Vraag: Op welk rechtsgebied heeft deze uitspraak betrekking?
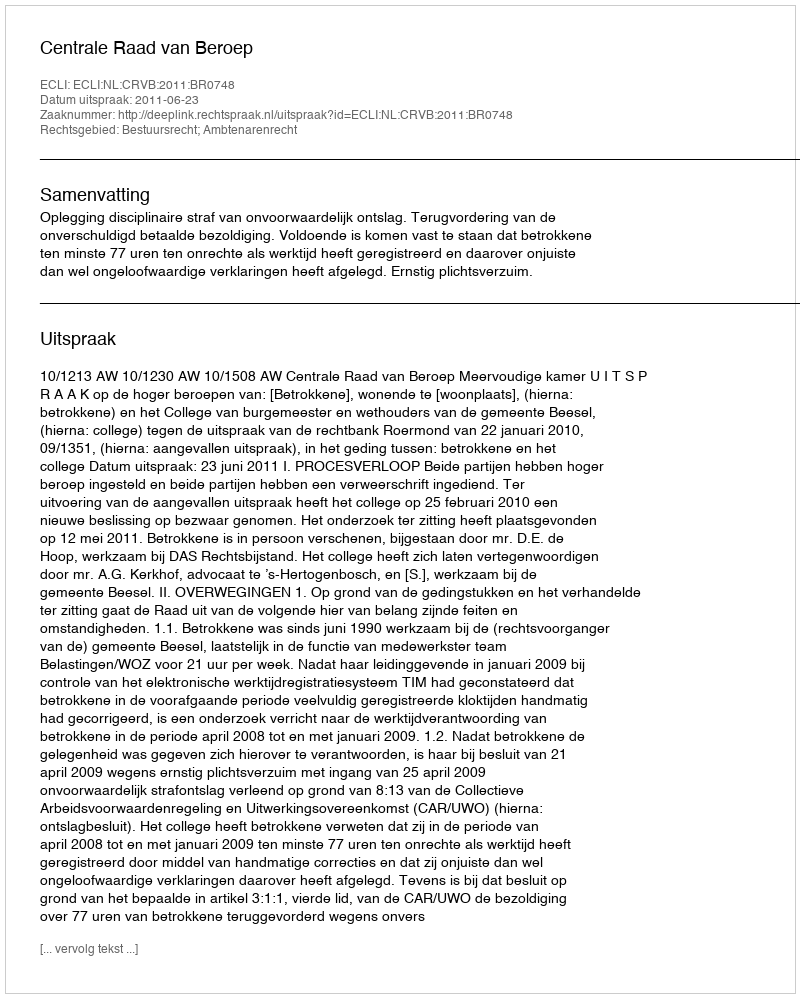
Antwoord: Bestuursrecht; Ambtenarenrecht